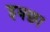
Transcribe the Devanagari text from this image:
इक्छा